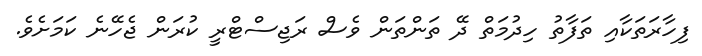
ފިހާރަތަކާއި ތަފާތު ހިދުމަތް ދޭ ތަންތަން ވެސް ރަޖިސްޓްރީ ކުރަން ޖެހޭނެ ކަމަށެވެ.